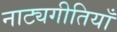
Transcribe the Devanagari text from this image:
नाट्यगीतियाँ